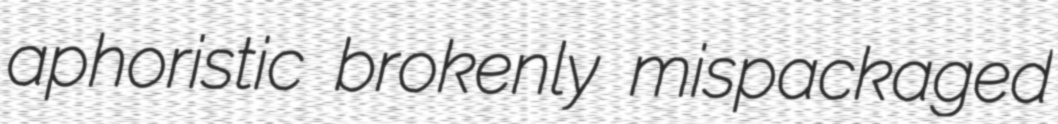
aphoristic brokenly mispackaged